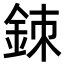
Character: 𨦉